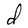
Character: d